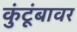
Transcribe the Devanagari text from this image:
कुंटूंबावर